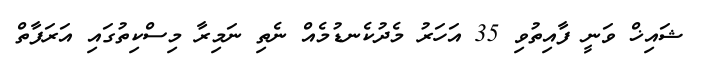
ޝައިޚް ވަނީ ފާއިތުވި 35 އަހަރު މެދުކެނޑުމެއް ނެތި ނަމިރާ މިސްކިތުގައި އަރަފާތް